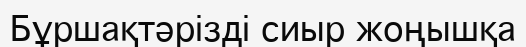
Бұршақтәрізді сиыр жоңышқа